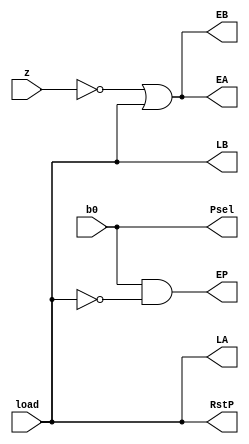
`timescale 1ns / 1ps

module CU(input b0, z, load, output Psel, EP, EA, EB, LA, LB, RstP);

assign Psel = b0;
assign EP = (b0 & ~(load));
assign EA = (~(z) | load);
assign EB = (~(z) | load);
assign LA = load;
assign LB = load;
assign RstP = load;

endmodule